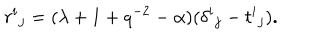
{ r ^ { i } } _ { j } = ( \lambda + 1 + q ^ { - 2 } - \alpha ) ( { \delta ^ { i } } _ { j } - { t ^ { i } } _ { j } ) .